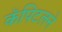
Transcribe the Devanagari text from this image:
कॅपिटलने